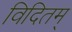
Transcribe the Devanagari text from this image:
विदितम्